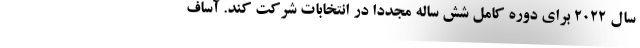
سال 2022 برای دوره کامل شش ساله مجدداً در انتخابات شرکت کند. آساف